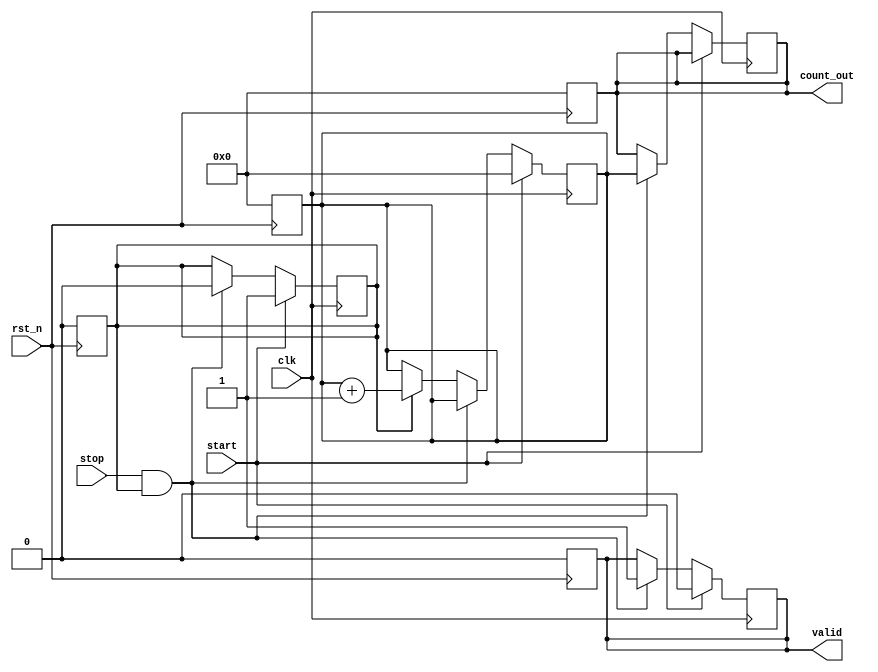
module time_to_digital_converter (
    input wire clk,                // Clock input
    input wire rst_n,              // Active low reset
    input wire start,              // Start signal
    input wire stop,               // Stop signal
    output reg [15:0] count_out,   // Digital output count
    output reg valid               // Output valid flag
);

    reg [15:0] counter;            // Counter to count clock cycles
    reg measuring;                 // Flag indicating measurement state

    // Asynchronous reset
    always @(negedge rst_n) begin
        counter <= 16'b0;
        count_out <= 16'b0;
        valid <= 1'b0;
        measuring <= 1'b0;
    end

    // Counter and control logic
    always @(posedge clk) begin
        if (start) begin
            // Start measurement
            counter <= 16'b0;       // Reset counter
            valid <= 1'b0;          // Clear valid flag
            measuring <= 1'b1;      // Set measuring state
        end else if (stop && measuring) begin
            // Stop measurement
            count_out <= counter;   // Store count value
            valid <= 1'b1;          // Set valid flag
            measuring <= 1'b0;      // Clear measuring state
        end else if (measuring) begin
            // Increment counter while measuring
            counter <= counter + 1;
        end
    end

endmodule